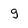
Character: g